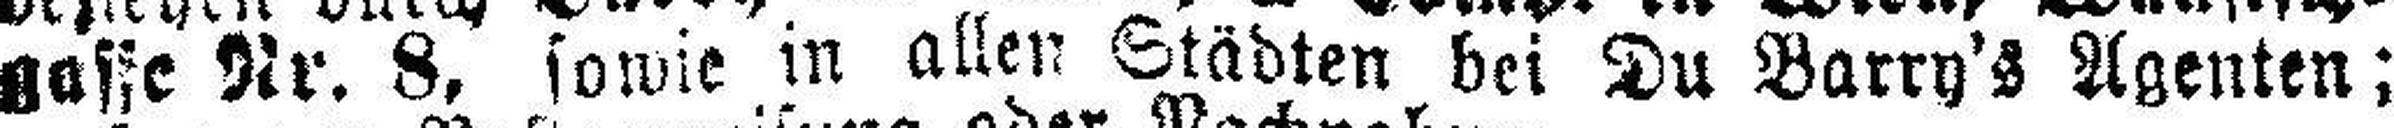
gasse Nr. 8, sowie in allen Städten bei Du Barry's Agenten;